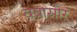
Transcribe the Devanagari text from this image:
वबासीर